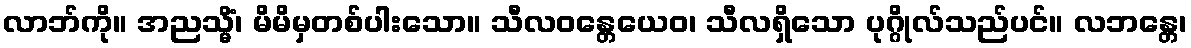
လာဘ်ကို။ အညသ္မိံ၊ မိမိမှတစ်ပါးသော။ သီလဝန္တေယေဝ၊ သီလရှိသော ပုဂ္ဂိုလ်သည်ပင်။ လဘန္တေ၊